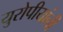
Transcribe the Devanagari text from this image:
युरोपीयांनी